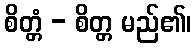
စိတ္တံ - စိတ္တ မည်၏၊